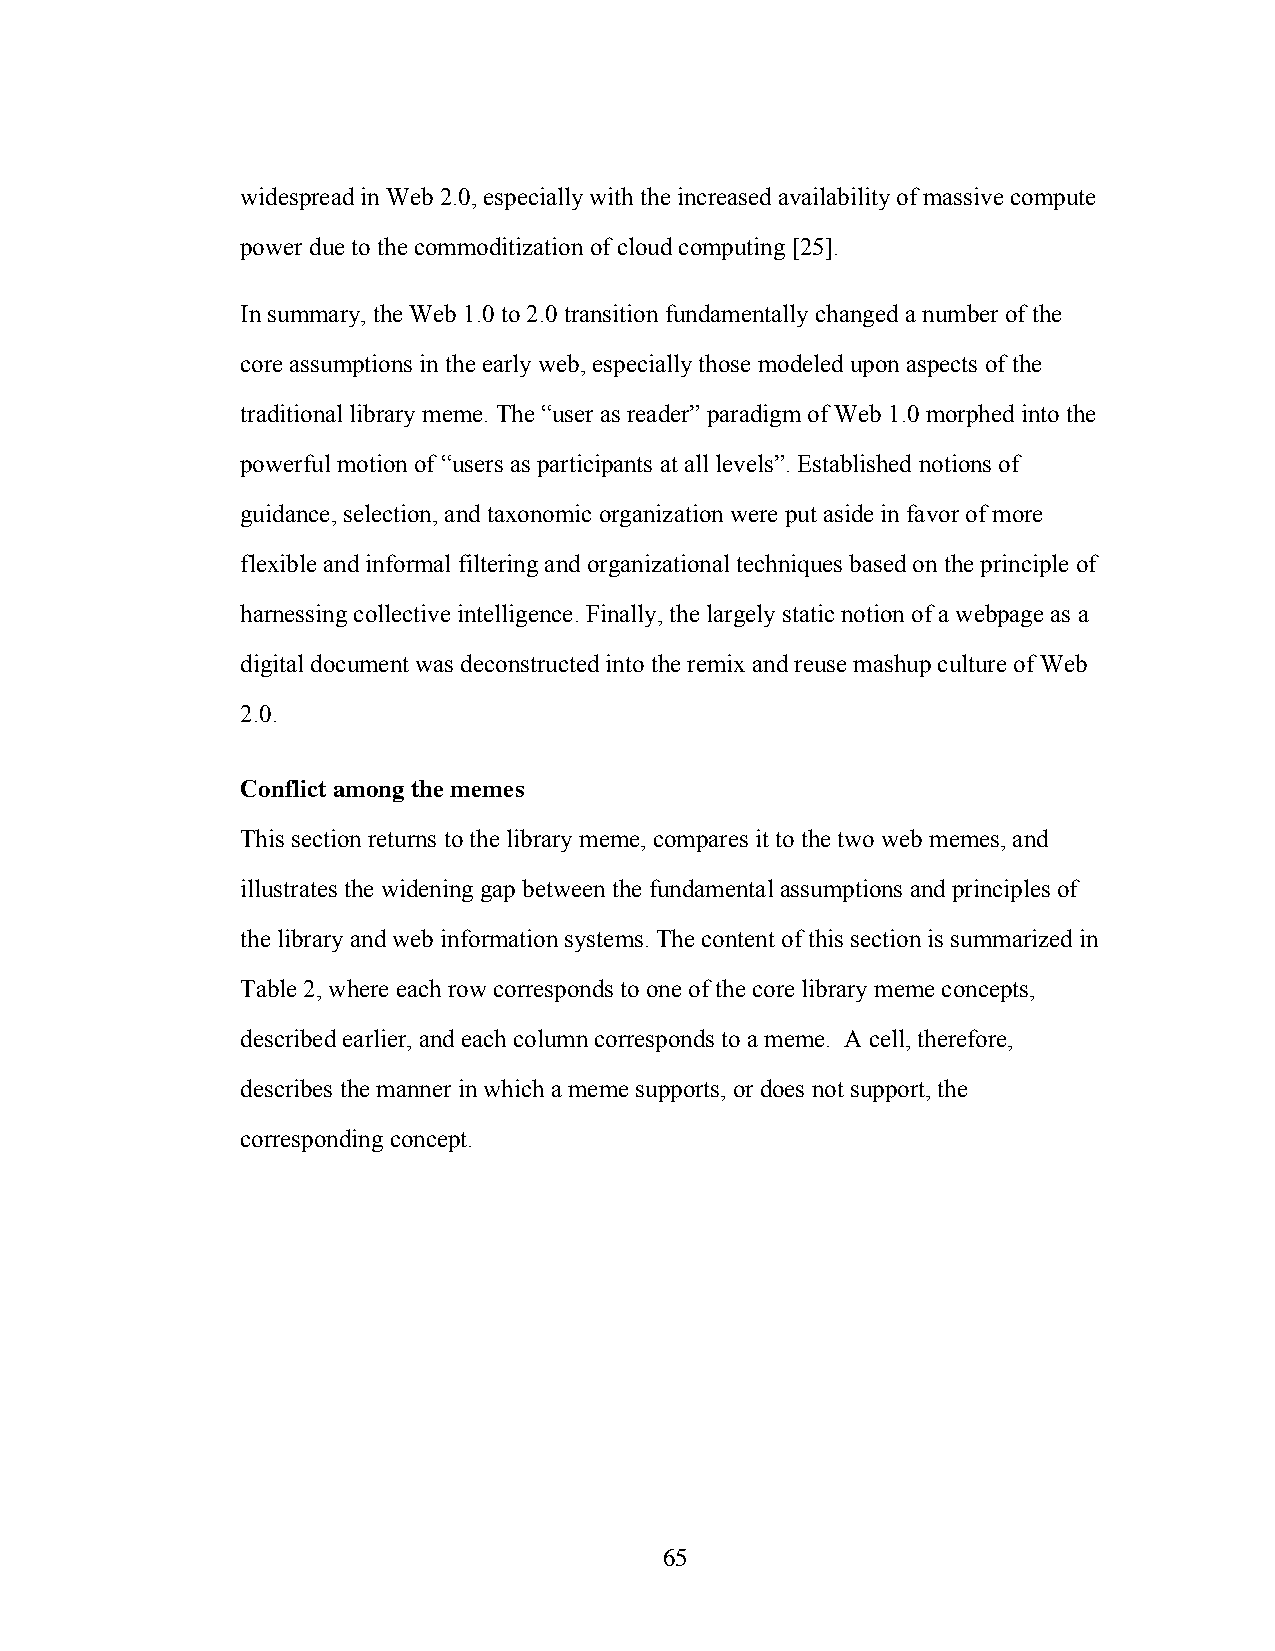
widespread in Web 2.0, especially with the increased availability of massive compute
 power due to the commoditization of cloud computing [25].
 In summary, the Web 1.0 to 2.0 transition fundamentally changed a number of the
 core assumptions in the early web, especially those modeled upon aspects of the
 traditional library meme. The “user as reader” paradigm of Web 1.0 morphed into the
 powerful motion of “users as participants at all levels”. Established notions of
 guidance, selection, and taxonomic organization were put aside in favor of more
 flexible and informal filtering and organizational techniques based on the principle of
 harnessing collective intelligence. Finally, the largely static notion of a webpage as a
 digital document was deconstructed into the remix and reuse mashup culture of Web
 2.0.
 Conflict among the memes
 This section returns to the library meme, compares it to the two web memes, and
 illustrates the widening gap between the fundamental assumptions and principles of
 the library and web information systems. The content of this section is summarized in
 Table 2, where each row corresponds to one of the core library meme concepts,
 described earlier, and each column corresponds to a meme. A cell, therefore,
 describes the manner in which a meme supports, or does not support, the
 corresponding concept.
 65